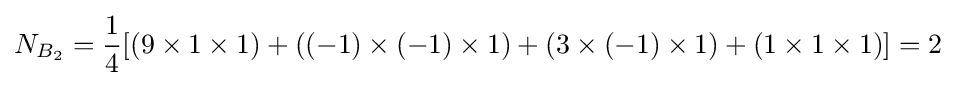
N_{B_{2}}={\frac {1}{4}}[(9\times 1\times 1)+((-1)\times (-1)\times 1)+(3\times (-1)\times 1)+(1\times 1\times 1)]=2